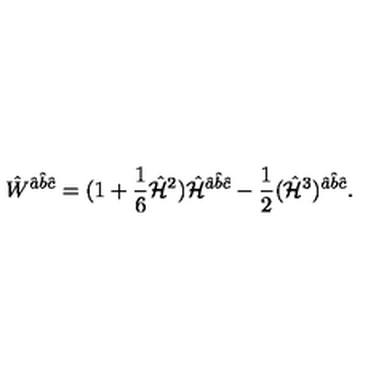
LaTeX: \hat { W } ^ { \hat { a } \hat { b } \hat { c } } = ( 1 + { \frac { 1 } { 6 } } \hat { \cal H } ^ { 2 } ) \hat { \cal H } ^ { \hat { a } \hat { b } \hat { c } } - { \frac { 1 } { 2 } } ( \hat { \cal H } ^ { 3 } ) ^ { \hat { a } \hat { b } \hat { c } } .